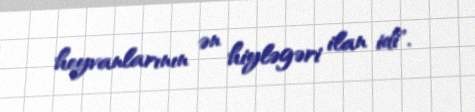
heyvanlarının ən hiyləgəri ilan idi".